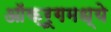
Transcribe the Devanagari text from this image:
ऑक्रूगमध्ये